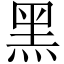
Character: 黑